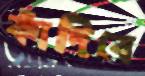
কাঁদিবে